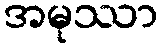
အမုဿာ